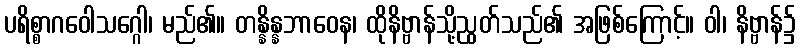
ပရိစ္စာဂဝေါသဂ္ဂေါ၊ မည်၏။ တန္နိန္နဘာဝေန၊ ထိုနိဗ္ဗာန်သို့ညွတ်သည်၏ အဖြစ်ကြောင့်။ ဝါ၊ နိဗ္ဗာန်၌